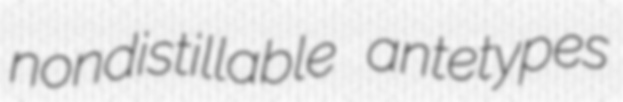
nondistillable antetypes